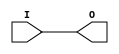
// $Header: /devl/xcs/repo/env/Databases/CAEInterfaces/verunilibs/data/virtex4/BUFIO.v,v 1.4 2007/06/01 22:41:59 yanx Exp $
///////////////////////////////////////////////////////////////////////////////
// Copyright (c) 1995/2004 Xilinx, Inc.
// All Right Reserved.
///////////////////////////////////////////////////////////////////////////////
//   ____  ____
//  /   /\/   /
// /___/  \  /    Vendor : Xilinx
// \   \   \/     Version : 10.1
//  \   \         Description : Xilinx Functional Simulation Library Component
//  /   /                  Local Clock Buffer for I/O
// /___/   /\     Filename : BUFIO.v
// \   \  /  \    Timestamp : Thu Mar 25 16:43:43 PST 2004
//  \___\/\___\
//
// Revision:
//    03/23/04 - Initial version.
//    05/30/07 - change timescale to 1ps/1ps.

`timescale  1 ps / 1 ps


module BUFIO (O, I);

    output O;
    
    input  I;
    
    buf B1 (O, I);

endmodule